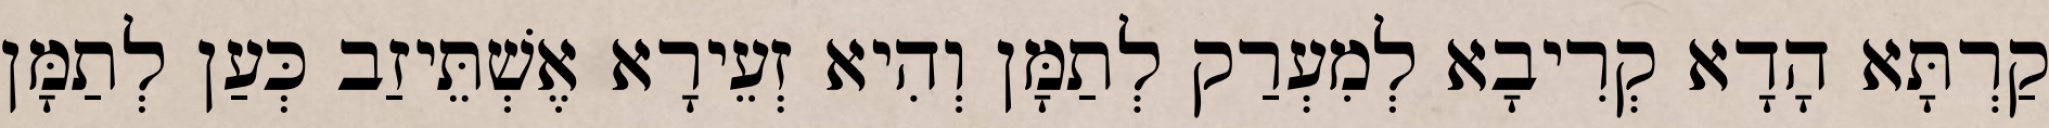
קַרְתָּא הָדָא קְרִיבָא לְמִעְרַק לְתַמָּן וְהִיא זְעֵירָא אֶשְׁתֵּיזַב כְּעַן לְתַמָּן